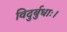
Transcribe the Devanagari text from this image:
विदुर्बुधाः।